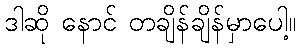
ဒါဆို နောင် တချိန်ချိန်မှာပေါ့။